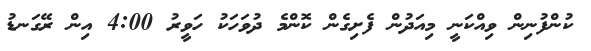
ކުންފުނިން ވިއްކަނީ މިއަދުން ފެށިގެން ކޮންމެ ދުވަހަކު ހަވީރު 4:00 އިން ރޭގަނޑު